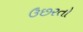
ઉછરતો